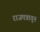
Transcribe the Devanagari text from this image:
राजपत्रातून